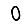
Digit: 0